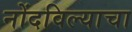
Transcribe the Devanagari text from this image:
नोंदविल्याचा